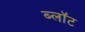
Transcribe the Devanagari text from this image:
ब्‍लॉट